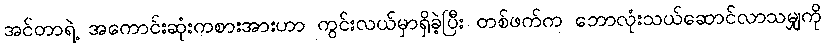
အင်တာရဲ့ အကောင်းဆုံးကစားအားဟာ ကွင်းလယ်မှာရှိခဲ့ပြီး တစ်ဖက်က ဘောလုံးသယ်ဆောင်လာသမျှကို